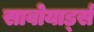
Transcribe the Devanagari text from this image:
सावोयार्ड्स